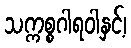
သက္ကစ္စဂါရဝါနှင့်၊